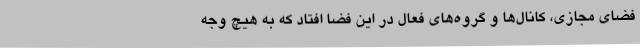
فضای مجازی، کانال‌ها و گروه‌های فعال در این فضا افتاد که به هیچ وجه